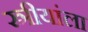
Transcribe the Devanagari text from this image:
स्त्रीयांला